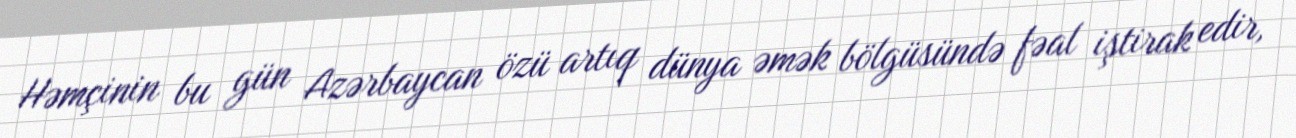
Həmçinin bu gün Azərbaycan özü artıq dünya əmək bölgüsündə fəal iştirak edir,